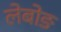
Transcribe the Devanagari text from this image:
लेबोङ